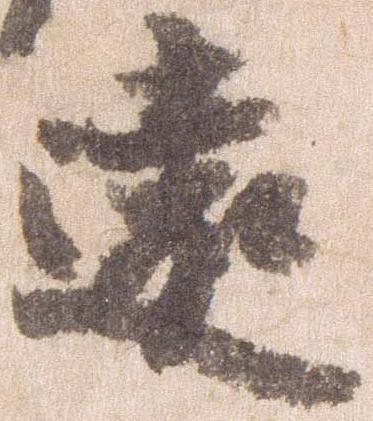
遠